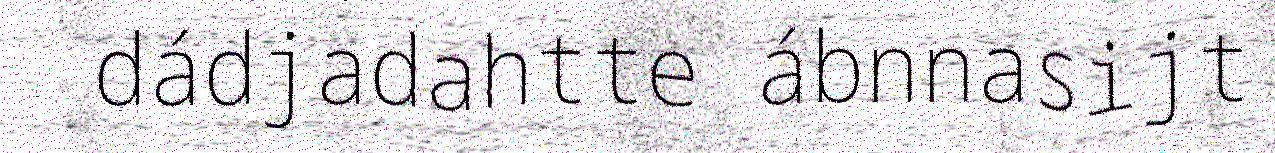
dádjadahtte ábnnasijt